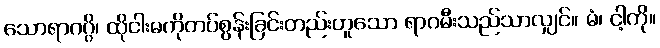
သောရာဂဂ္ဂိ၊ ထိုငါးမကိုတပ်စွန်းခြင်းတည်းဟူသော ရာဂမီးသည်သာလျှင်။ မံ၊ ငါ့ကို။